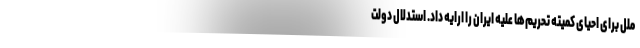
ملل برای احیای کمیته تحریم‌ها علیه ایران را ارایه داد. استدلال دولت